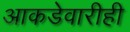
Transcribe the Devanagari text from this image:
आकडेवारीही